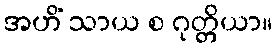
အဟိံ သာယ စ ဂုတ္တိယာ။